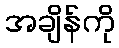
အချိန်ကို